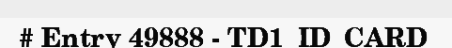
# Entry 49888 - TD1_ID_CARD